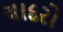
ચાદરો